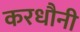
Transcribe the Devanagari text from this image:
करधौनी